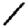
Digit: 1